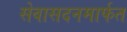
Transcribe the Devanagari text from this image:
सेवासदनमार्फत